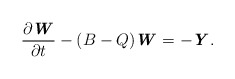
\begin{align*} \frac{\partial \textbf{\textit{W}}}{\partial t} -(B-Q)\textbf{\textit{W}}=-\textbf{\textit{Y}}. \end{align*}